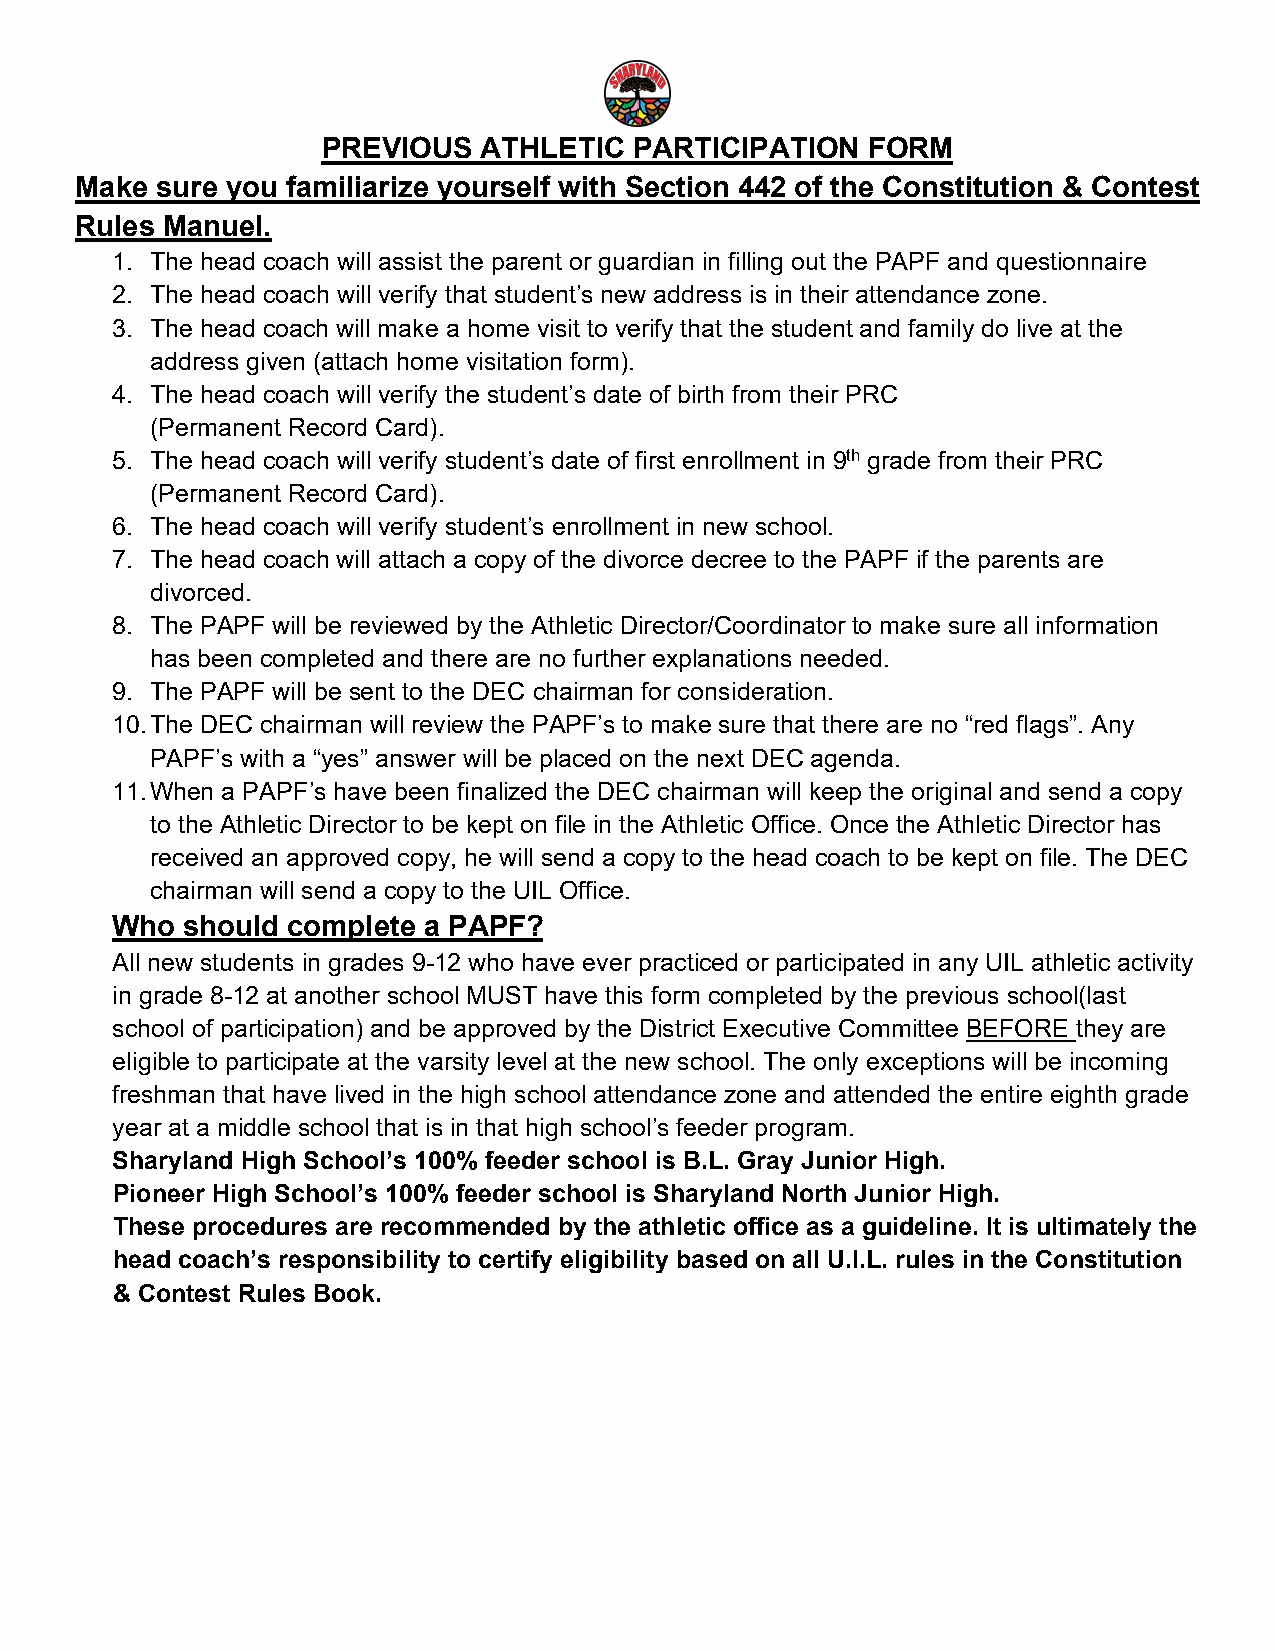
PREVIOUS   ATHLETIC  PARTICIPATION  FORM
 Make sure you familiarize yourself with Section 442 of the Constitution & Contest
 Rules Manuel.
 1. The head coach will assist the parent or guardian in filling out the PAPF and questionnaire
 2. The head coach will verify that student’s new address is in their attendance zone.
 3. The head coach will make a home visit to verify that the student and family do live at the
 address given (attach home visitation form).
 4. The head coach will verify the student’s date of birth from their PRC
 (Permanent Record Card).
 5. The head coach will verify student’s date of first enrollment in 9th grade from their PRC
 (Permanent Record Card).
 6. The head coach will verify student’s enrollment in new school.
 7. The head coach will attach a copy of the divorce decree to the PAPF if the parents are
 divorced.
 8. The PAPF will be reviewed by the Athletic Director/Coordinator to make sure all information
 has been completed and there are no further explanations needed.
 9. The PAPF will be sent to the DEC chairman for consideration.
 10. The DEC chairman will review the PAPF’s to make sure that there are no “red flags”. Any
 PAPF’s with a “yes” answer will be placed on the next DEC agenda.
 11. When a PAPF’s have been finalized the DEC chairman will keep the original and send a copy
 to the Athletic Director to be kept on file in the Athletic Office. Once the Athletic Director has
 received an approved copy, he will send a copy to the head coach to be kept on file. The DEC
 chairman will send a copy to the UIL Office.
 Who  should complete a PAPF?
 All new students in grades 9-12 who have ever practiced or participated in any UIL athletic activity
 in grade 8-12 at another school MUST have this form completed by the previous school(last
 school of participation) and be approved by the District Executive Committee BEFORE they are
 eligible to participate at the varsity level at the new school. The only exceptions will be incoming
 freshman that have lived in the high school attendance zone and attended the entire eighth grade
 year at a middle school that is in that high school’s feeder program.
 Sharyland High School’s 100% feeder school is B.L. Gray Junior High.
 Pioneer High School’s 100% feeder school is Sharyland North Junior High.
 These procedures are recommended by the athletic office as a guideline. It is ultimately the
 head coach’s responsibility to certify eligibility based on all U.I.L. rules in the Constitution
 & Contest Rules Book.